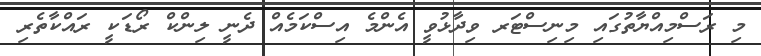
މި ރަސްމިއްޔާތުގައި މިނިސްޓަރ ވިދާޅުވީ އެންމެ އިސްކަމެއް ދެނީ ލިންކް ރޯޑަކީ ރައްކާތެރި